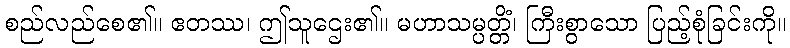
စည်လည်စေ၏။ ဧတဿ၊ ဤသူဌေး၏။ မဟာသမ္ပတ္တိံ၊ ကြီးစွာသော ပြည့်စုံခြင်းကို။